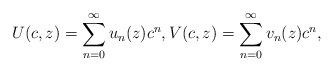
LaTeX: \begin{gather*}U(c,z)=\sum\limits_{n=0}^{\infty}u_{n}(z) c^{n},V(c,z)=\sum\limits_{n=0}^{\infty}v_{n}(z) c^{n},\end{gather*}